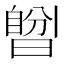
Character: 𣊆